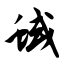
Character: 蜮